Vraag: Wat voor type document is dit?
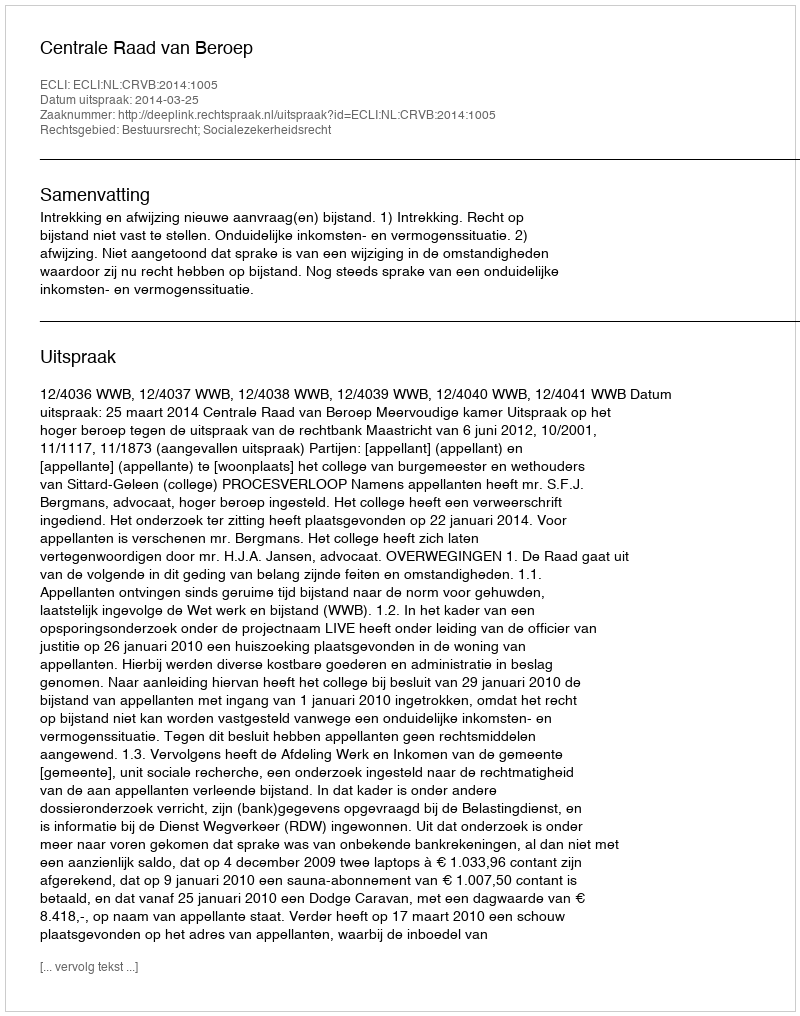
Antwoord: Uitspraak